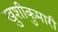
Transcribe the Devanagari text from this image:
खुशीकुमारी